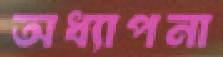
অধ্যাপনা